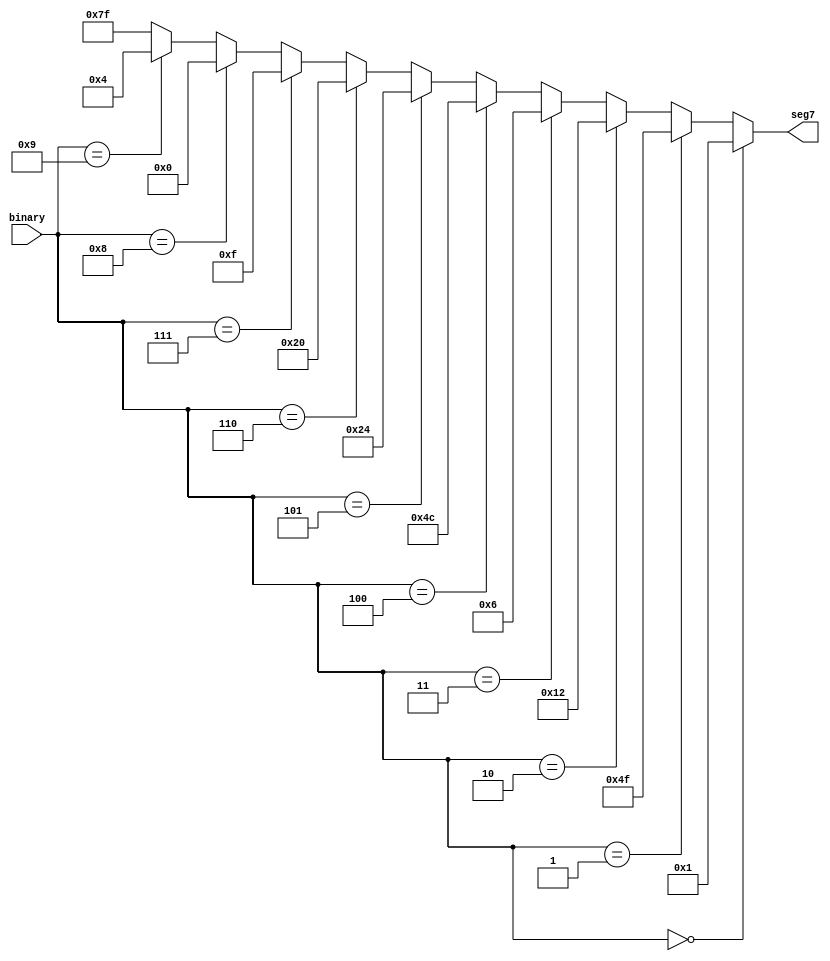
module bin4to7seg(input [3:0]binary, output reg [6:0]seg7); 
always @(binary)
begin
if (binary==4'b0000)
seg7=7'b0000001;
else if (binary ==4'b0001)
seg7=7'b1001111;
else if (binary ==4'b0010)
seg7=7'b0010010;
else if (binary ==4'b0011)
seg7=7'b0000110;
else if (binary ==4'b0100)
seg7=7'b1001100;
else if (binary ==4'b0101)
seg7=7'b0100100;
else if (binary ==4'b0110)
seg7=7'b0100000;
else if (binary ==4'b0111)
seg7=7'b0001111;
else if (binary ==4'b1000)
seg7=7'b0000000;
else if (binary ==4'b1001)
seg7=7'b0000100;
else
seg7=7'b1111111;
end
endmodule